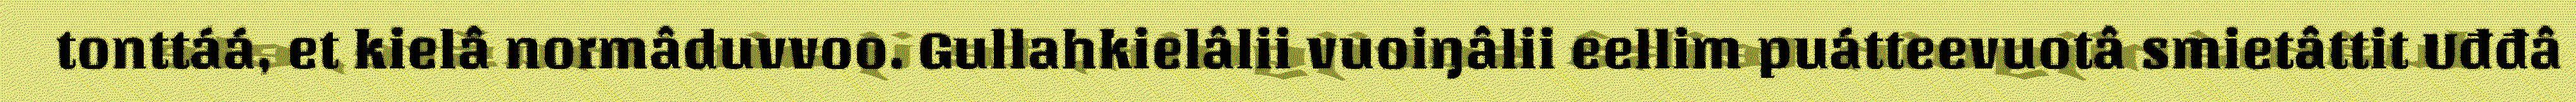
tonttáá, et kielâ normâduvvoo. Gullahkielâlii vuoiŋâlii eellim puátteevuotâ smietâttit Uđđâ